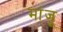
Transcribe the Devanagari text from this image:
मांजू